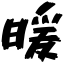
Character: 暖